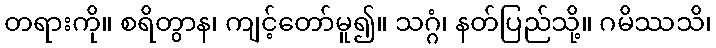
တရားကို။ စရိတွာန၊ ကျင့်တော်မူ၍။ သဂ္ဂံ၊ နတ်ပြည်သို့။ ဂမိဿသိ၊